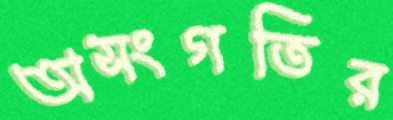
অসংগতির